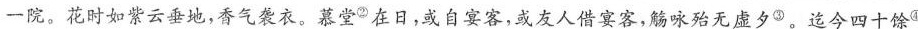
一院。花时如紫云垂地，香气袭衣。慕堂^{②}在日，或自宴客，或友人借宴客，觞咏殆无虚夕^{③}。迄今四十馀^{④}年，